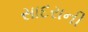
સાદરાની